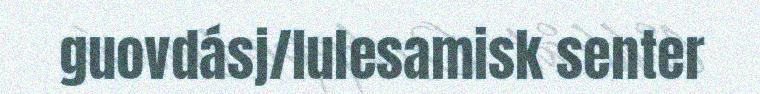
guovdásj/lulesamisk senter